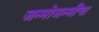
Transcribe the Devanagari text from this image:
जन्मोजन्मींचा